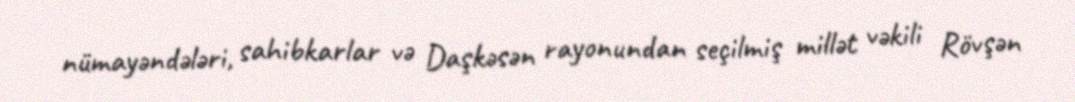
nümayəndələri, sahibkarlar və Daşkəsən rayonundan seçilmiş millət vəkili Rövşən